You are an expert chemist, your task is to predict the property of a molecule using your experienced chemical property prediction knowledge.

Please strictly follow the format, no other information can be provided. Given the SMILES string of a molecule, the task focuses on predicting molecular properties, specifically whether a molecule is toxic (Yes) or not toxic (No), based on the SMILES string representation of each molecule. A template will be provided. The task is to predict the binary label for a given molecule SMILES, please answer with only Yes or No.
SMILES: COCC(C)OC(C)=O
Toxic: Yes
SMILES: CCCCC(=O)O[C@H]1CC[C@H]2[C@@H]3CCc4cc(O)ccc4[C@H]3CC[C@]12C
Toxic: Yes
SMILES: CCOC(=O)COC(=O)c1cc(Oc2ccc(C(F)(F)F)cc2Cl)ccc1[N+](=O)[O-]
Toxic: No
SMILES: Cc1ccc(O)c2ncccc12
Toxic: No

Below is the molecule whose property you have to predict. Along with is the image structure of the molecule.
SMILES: CC1(O)CSC(C)(O)CS1
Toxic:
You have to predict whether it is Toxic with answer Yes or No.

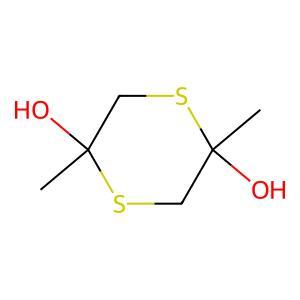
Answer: No